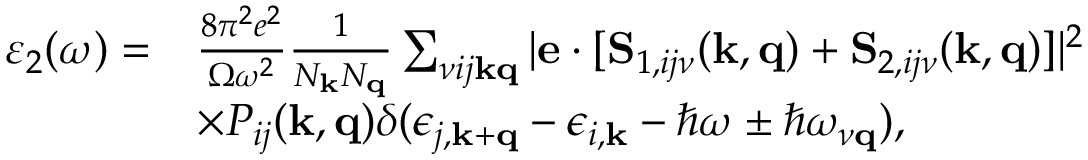
\begin{array} { r l } { \varepsilon _ { 2 } ( \omega ) = } & { \frac { 8 \pi ^ { 2 } e ^ { 2 } } { \Omega \omega ^ { 2 } } \frac { 1 } { N _ { \mathbf { k } } N _ { \mathbf { q } } } \sum _ { \nu i j \mathbf { k } \mathbf { q } } | \mathbf { e } \cdot [ \mathbf { S } _ { 1 , i j \nu } ( \mathbf { k , q } ) + \mathbf { S } _ { 2 , i j \nu } ( \mathbf { k , q } ) ] | ^ { 2 } } \\ & { \times P _ { i j } ( \mathbf { k , q } ) \delta ( \epsilon _ { j , \mathbf { k + q } } - \epsilon _ { i , \mathbf { k } } - \hbar \omega \pm \hbar \omega _ { \nu \mathbf { q } } ) , } \end{array}